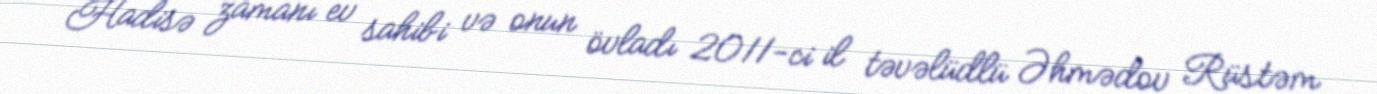
Hadisə zamanı ev sahibi və onun övladı 2011-ci il təvəlüdlü Əhmədov Rüstəm